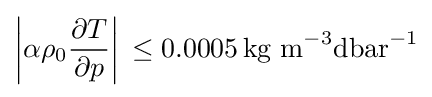
\left|\alpha \rho _{0}{\frac {\partial T}{\partial p}}\right|\,\leq 0.0005\,{\text{kg m}}^{-3}{\text{dbar}}^{-1}